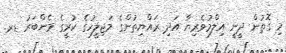
މި ގޮތުން ދީނީ އިލްމުވެރިޔާ އަދި ރައްޔިތުންގެ މަޖިލީހުގެ ކުރީގެ މެންބަރު ޑރ.